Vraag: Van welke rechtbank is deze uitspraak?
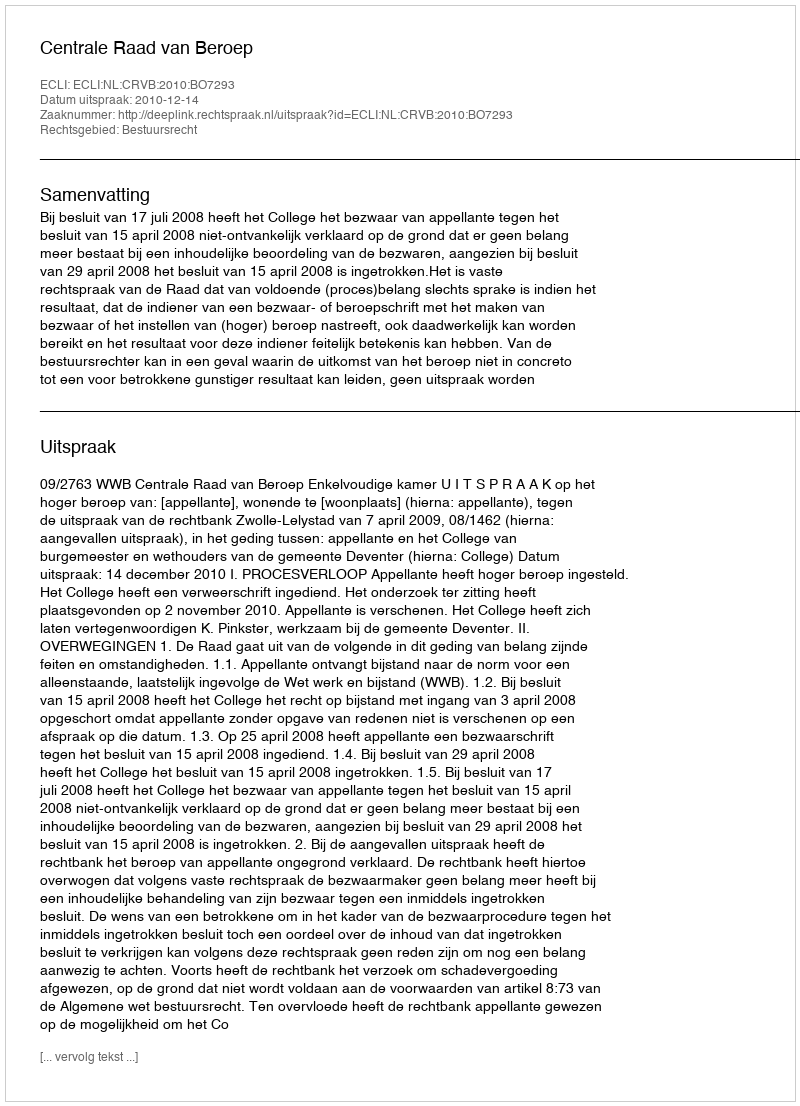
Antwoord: Centrale Raad van Beroep